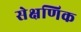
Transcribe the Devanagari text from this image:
सेक्षणिक